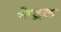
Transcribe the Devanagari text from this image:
सेट्रल